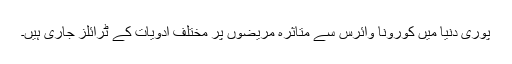
پوری دنیا میں کورونا وائرس سے متاثرہ مریضوں پر مختلف ادویات کے ٹرائلز جاری ہیں۔